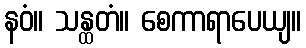
နဝံ။ သန္ထတံ။ စေကာရာပေယျ။